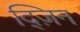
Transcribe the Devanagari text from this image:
द्ज़िन